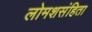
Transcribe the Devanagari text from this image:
लोमशसंहिता